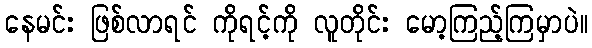
နေမင်း ဖြစ်လာရင် ကိုရင့်ကို လူတိုင်း မော့ကြည့်ကြမှာပဲ။